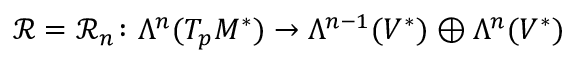
\mathcal { R } = \mathcal { R } _ { n } \colon \Lambda ^ { n } ( T _ { p } M ^ { * } ) \to \Lambda ^ { n - 1 } ( V ^ { * } ) \oplus \Lambda ^ { n } ( V ^ { * } )